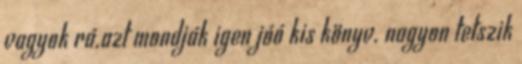
vagyok rá.azt mondják igen jóó kis könyv. nagyon tetszik